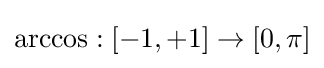
\arccos :[-1,+1]\rightarrow [0,\pi ]